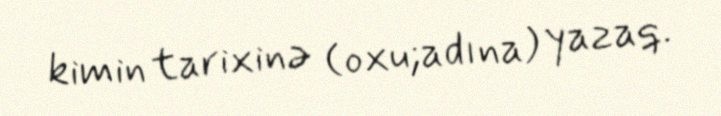
kimin tarixinə (oxu;adına) yazaq.